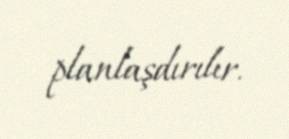
planlaşdırılır.